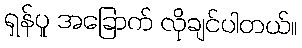
ရှန်ပူ အခြောက် လိုချင်ပါတယ်။